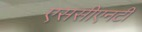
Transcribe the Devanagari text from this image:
एससीएनटी